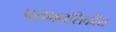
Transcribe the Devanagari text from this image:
परामनसिकीय